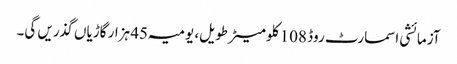
آزمائشی اسمارٹ روڈ 108 کلو میٹر طویل، یومیہ 45 ہزار گاڑیاں گذریں گی۔